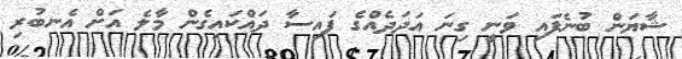
ޝާޔަން ބުނެފައި ވަނީ ގިނަ އަދަދެއްގެ ފައިސާ ދައްކައިގެން މާލެ އަށް އެނބުރި